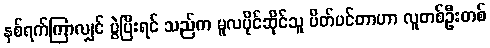
နှစ်ရက်ကြာလျှင် ပွဲပြီးရင် သည်က မူလပိုင်ဆိုင်သူ ပိတ်ပင်တာဟာ လူတစ်ဦးတစ်